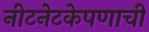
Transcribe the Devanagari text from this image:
नीटनेटकेपणाची